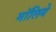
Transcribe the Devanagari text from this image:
मॉलिये